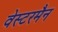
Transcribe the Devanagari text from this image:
वेस्टरमैन